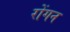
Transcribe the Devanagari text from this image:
रोंगन